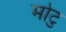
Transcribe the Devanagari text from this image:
मोटु